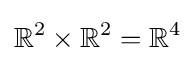
\mathbb {R} ^{2}\times \mathbb {R} ^{2}=\mathbb {R} ^{4}